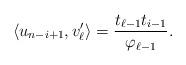
LaTeX: \begin{align*}\left<u_{n-i+1},v_\ell^\prime\right>=\frac{t_{\ell-1}t_{i-1}}{\varphi_{\ell-1}}.\end{align*}